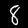
Digit: 8